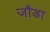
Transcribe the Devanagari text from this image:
जौडा